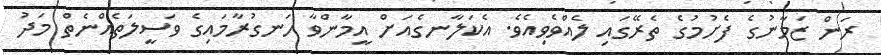
ރަން ޒަމާނުގެ ފެށުމުގެ ތެރޭގައި ލެއްވެވިއެވެ. އެކަލާނގެއަށް އީމާންވާ ހަނގުރާމައިގެ ވަސީލަތެއްނެތް މަދު